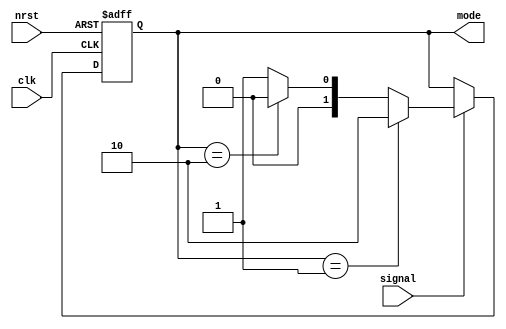
module t09_fsm_mode (
	signal,
	clk,
	nrst,
	mode
);
	reg _sv2v_0;
	input wire signal;
	input wire clk;
	input wire nrst;
	output wire [1:0] mode;
	reg [1:0] current_mode;
	reg [1:0] next_mode;
	always @(posedge clk or negedge nrst)
		if (~nrst)
			current_mode <= 2'd1;
		else
			current_mode <= next_mode;
	always @(*) begin
		if (_sv2v_0)
			;
		if (signal) begin
			if (current_mode == 2'd1)
				next_mode = 2'd2;
			else if (current_mode == 2'd2)
				next_mode = 2'd0;
			else if (current_mode == 2'd0)
				next_mode = 2'd1;
			else
				next_mode = 2'd1;
		end
		else
			next_mode = current_mode;
	end
	assign mode = current_mode;
	initial _sv2v_0 = 0;
endmodule